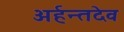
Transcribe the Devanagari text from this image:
अर्हन्तदेव